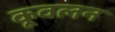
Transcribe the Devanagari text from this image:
कूवलन